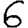
Digit: 6